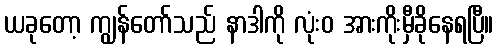
ယခုတော့ ကျွန်တော်သည် နာဒါကို လုံးဝ အားကိုးမှီခိုနေရပြီ။